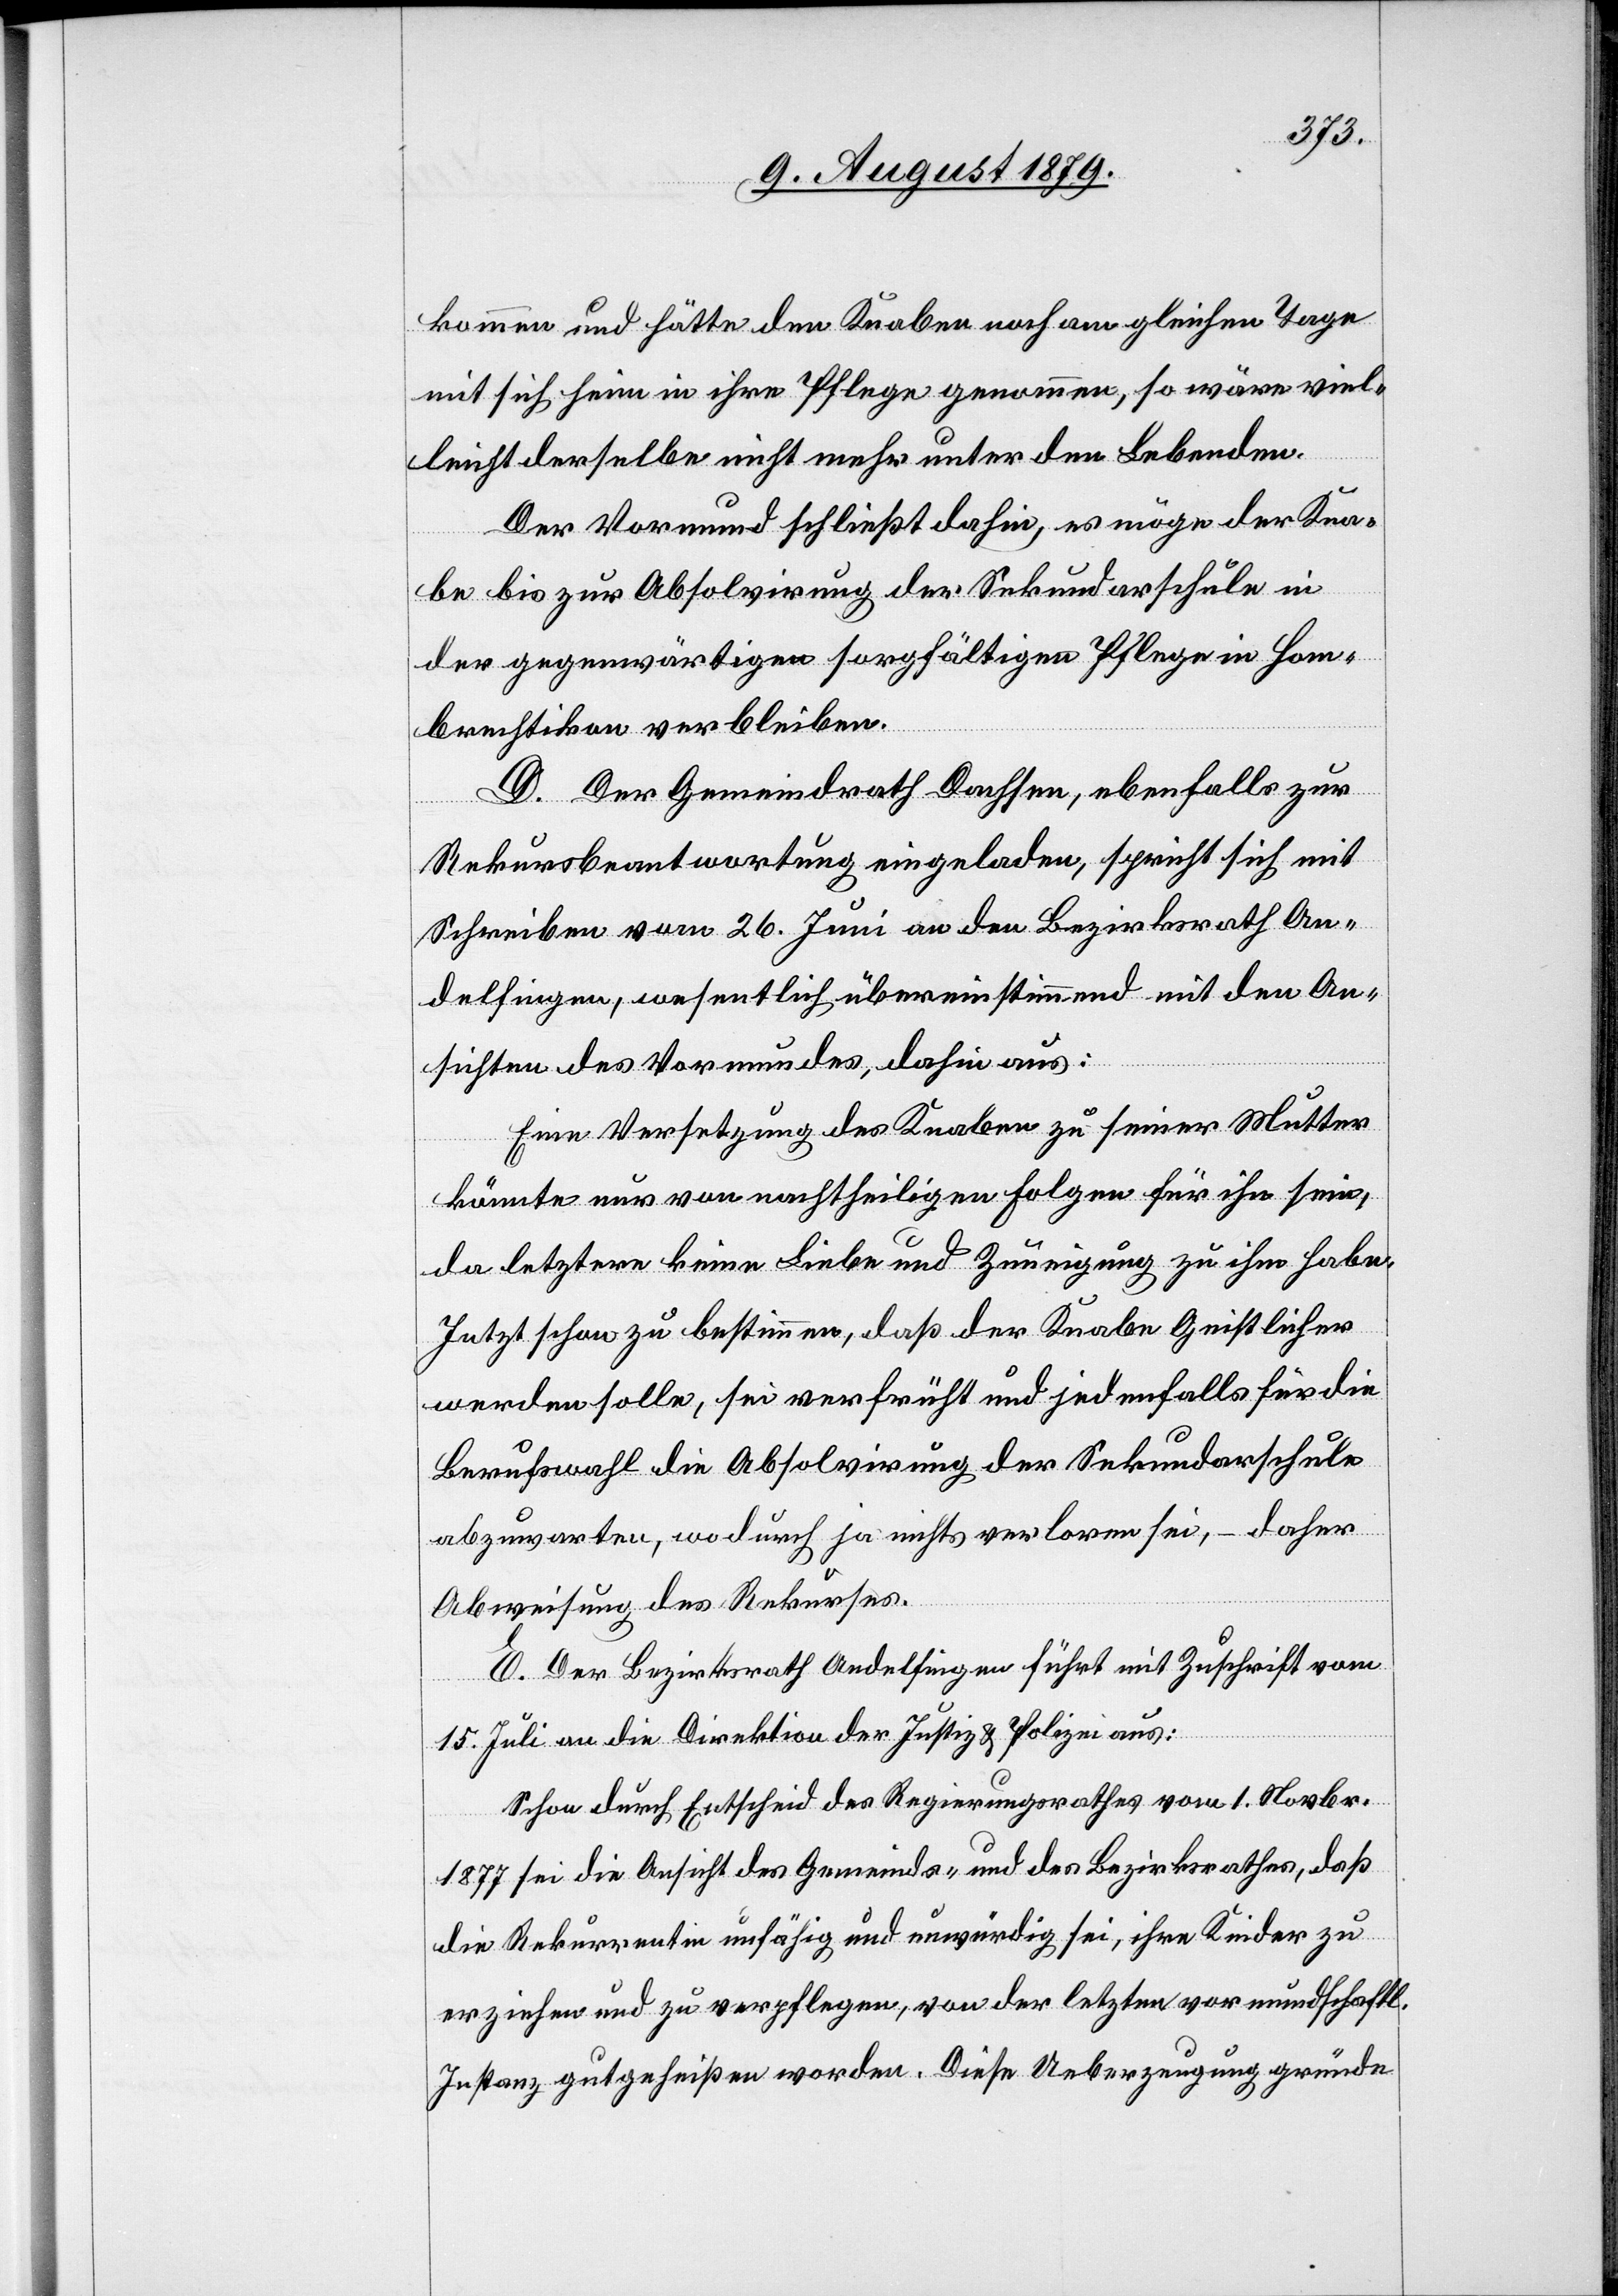
kommen und hätte den Knaben noch am gleichen Tage
mit sich heim in ihre Pflege genommen, so wäre viel¬
leicht derselbe nicht mehr unter den Lebenden.
Der Vormund schließt dahin, es möge der Kran¬
ke bis zur Absolvirung der Sekundarschule in
der gegenwärtigen sorgfältigen Pflege in Hom¬
brechtikon verbleiben.
D. Der Gemeindrath Dachsen, ebenfalls zur
Rekursbeantwortung eingeladen, spricht sich mit
Schreiben vom 26. Juni an den Bezirksrath An¬
delfingen, wesentlich übereinstimmend mit den An¬
sichten des Vormundes, dahin aus:
Eine Versetzung des Knaben zu seiner Mutter
könnte nur von nachtheiligen Folgen für ihn sein,
da letztere keine Liebe und Zuneigung zu ihm habe.
Jetzt schon zu bestimmen, daß der Knabe Geistlicher
werden solle, sei verfrüht und jedenfalls für die
Berufswahl die Absolvirung der Sekundarschule
abzuwarten, wodurch ja nichts verloren sei, – daher
Abweisung des Rekurses.
E. Der Bezirksrath Andelfingen führt mit Zuschrift vom
15. Juli an die Direktion der Justiz & Polizei aus:
Schon durch Entscheid des Regierungsrathes vom 1. Novbr.
1877 sei die Ansicht des Gemeinde- und Bezirksrathes, daß
die Rekurrentin unfähig und unwürdig sei, ihre Kinder zu
erziehen und zu verpflegen, von der letzten vormundschaftl.
Instanz gutgeheißen worden. Diese Ueberzeugung gründe